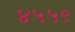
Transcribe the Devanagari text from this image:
४५५९